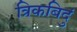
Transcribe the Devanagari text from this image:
त्रिकबिदुं